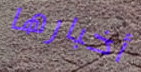
أخبارها